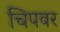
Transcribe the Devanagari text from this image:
चिपवर